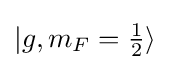
|g,m_{F}=\textstyle {\frac {1}{2}}\rangle